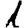
Digit: 1